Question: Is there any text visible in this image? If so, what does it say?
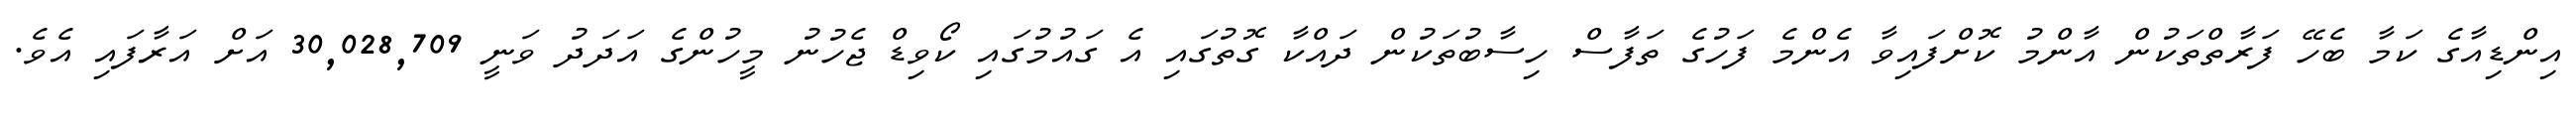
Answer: އިންޑިއާގެ ކަމާ ބެހޭ ފަރާތްތަކުން އާންމު ކޮށްފައިވާ އެންމެ ފަހުގެ ތަފާސް ހިސާބުތަކުން ދައްކާ ގޮތުގައި އެ ގައުމުގައި ކޯވިޑް ޖެހުނު މީހުންގެ އަދަދު ވަނީ 30,028,709 އަށް އަރާފައި އެވެ.